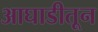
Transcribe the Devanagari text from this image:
आघाडीतून